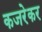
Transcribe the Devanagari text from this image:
कजरेकर